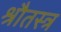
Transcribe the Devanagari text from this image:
श्रौतस्त्र